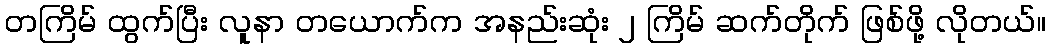
တကြိမ် ထွက်ပြီး လူနာ တယောက်က အနည်းဆုံး ၂ ကြိမ် ဆက်တိုက် ဖြစ်ဖို့ လိုတယ်။